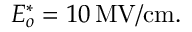
\begin{array} { r } { E _ { o } ^ { * } = 1 0 \ensuremath { \, \mathrm { M V / c m } } . } \end{array}